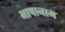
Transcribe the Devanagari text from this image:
भाषानाम